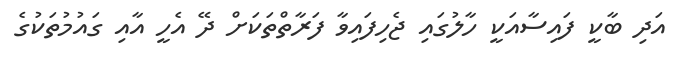
އަދި ބާކީ ފައިސާއަކީ ހާލުގައި ޖެހިފައިވާ ފަރާތްތަކަަށް ދޭ އެހީ އާއި ގައުމުތަކުގެ